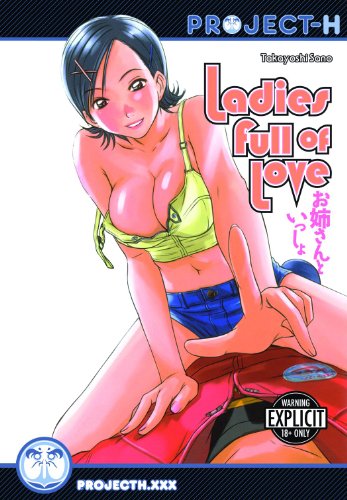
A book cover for Ladies Full Of Love (Hentai Manga); Takayoshi Sano; Comics & Graphic Novels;